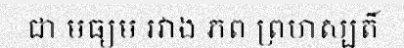
ជា មធ្យម រវាង ភព ព្រហស្បតិ៍